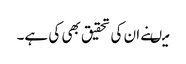
میںنے ان کی تحقیق بھی کی ہے۔